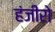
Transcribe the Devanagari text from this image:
हंजीरो